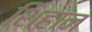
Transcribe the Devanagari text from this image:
शिहान